Vaccination in the Punjab 1919-1929 - 1919-1929
Year: 1919
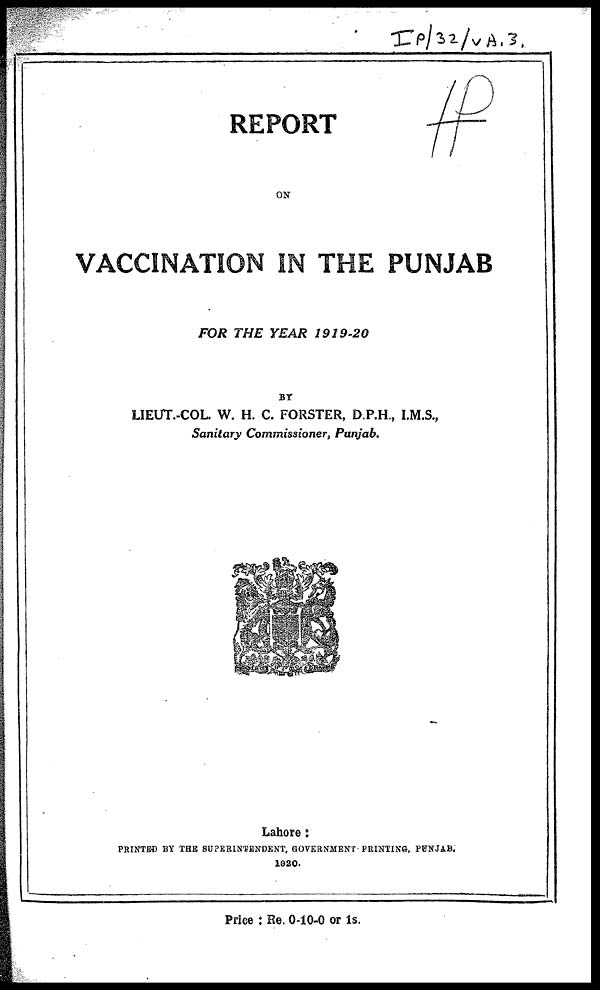
REPORT
ON
VACCINATION IN THE PUNJAB
FOR THE YEAR 1919-20
BY
LIEUT.-COL. W. H. C. FORSTER, D.P.H., I.M.S.,
Sanitary Commissioner,
Punjab.
Lahore:
PRINTED BY THE SUPERINTENDENT, GOVERNMENT PRINTING, PUNJAB.
1920.
Price : Re. 0-10-0 or 1s.